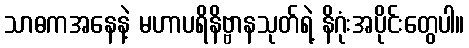
သာဓကအနေနဲ့ မဟာပရိနိဗ္ဗာနသုတ်ရဲ့ နိဂုံးအပိုင်းတွေပါ။